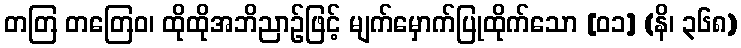
တတြ တတြေဝ၊ ထိုထိုအဘိညာဉ်ဖြင့် မျက်မှောက်ပြုထိုက်သော [၀၁] (နိ၊ ၃၆၈)